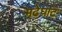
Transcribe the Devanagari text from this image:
मढेघाट